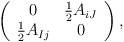
\begin{align*}\left( \begin{array}{cc} 0 & {1\over 2} A_{iJ} \\ {1\over 2} A_{Ij} & 0\end{array}\right),\end{align*}